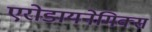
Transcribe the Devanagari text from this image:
एरोडायनेमिक्स